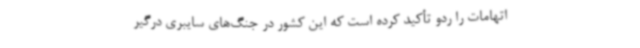
اتهامات را ردو تأکید کرده است که این کشور در جنگ‌های سایبری درگیر